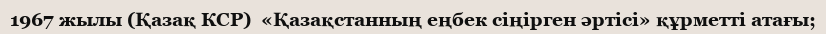
1967 жылы (Қазақ КСР)  «Қазақстанның еңбек сіңірген әртісі» құрметті атағы;